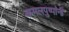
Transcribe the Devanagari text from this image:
कमलपुष्पांनी